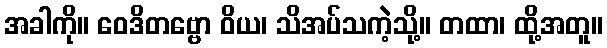
အခါကို။ ဝေဒိတဗ္ဗော ဝိယ၊ သိအပ်သကဲ့သို့။ တထာ၊ ထို့အတူ။